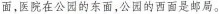
面，医院在公园的东面，公园的西面是邮局。